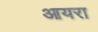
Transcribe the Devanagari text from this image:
आयरा